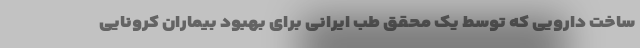
ساخت دارویی که توسط یک محقق طب ایرانی برای بهبود بیماران کرونایی